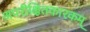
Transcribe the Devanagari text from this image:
अपरीक्षितकारकम्